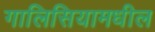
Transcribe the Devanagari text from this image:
गालिसियामधील